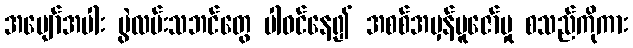
အပျော်အပါး ပွဲလမ်းသဘင်တွေ ပါဝင်နေ၍ အစစ်အမှန်ပူဇော်မှု စသည်ကိုကား